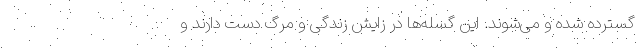
گسترده شده و می‌شوند. این گسله‌ها در زایش زندگی و مرگ دست دارند و